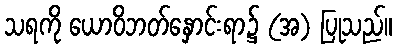
သရကို ယောဝိဘတ်နှောင်းရာ၌ (အ) ပြုသည်။